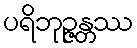
ပရိဘုဉ္ဇန္တဿ